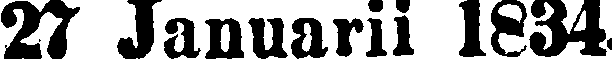
27 Januarii 1834.